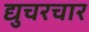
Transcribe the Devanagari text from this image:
द्युचरचार